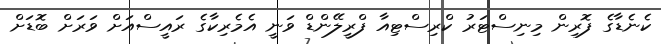
ކެނެޑާގެ ފޮރިން މިނިސްޓަރު ކްރިސްޓިއާ ފްރީލޭންޑް ވަނީ އެމެރިކާގެ ރައީސްއަށް ވަރަށް ބޮޑަށް